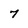
Character: 7